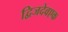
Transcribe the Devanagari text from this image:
द्विजदेवएक